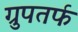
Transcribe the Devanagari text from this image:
ग्रुपतर्फ